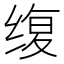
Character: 𫄭